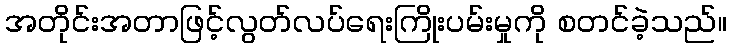
အတိုင်းအတာဖြင့်လွတ်လပ်ရေးကြိုးပမ်းမှုကို စတင်ခဲ့သည်။